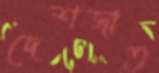
দেশজাত